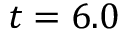
t = 6 . 0